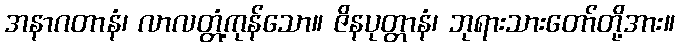
အနာဂတာနံ၊ လာလတ္တံ့ကုန်သော။ ဇိနပုတ္တာနံ၊ ဘုရားသားတော်တို့အား။